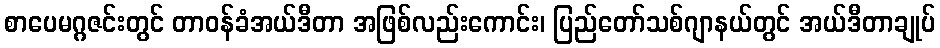
စာပေမဂ္ဂဇင်းတွင် တာဝန်ခံအယ်ဒီတာ အဖြစ်လည်းကောင်း၊ ပြည်တော်သစ်ဂျာနယ်တွင် အယ်ဒီတာချုပ်